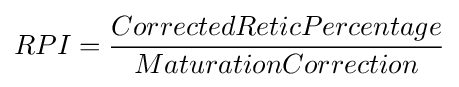
RPI={CorrectedReticPercentage \over MaturationCorrection}